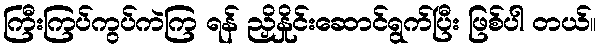
ကြီးကြပ်ကွပ်ကဲကြ ရန် ညှိနှိုင်းဆောင်ရွက်ပြီး ဖြစ်ပါ တယ်။